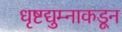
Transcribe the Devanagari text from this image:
धृष्टद्युम्नाकडून